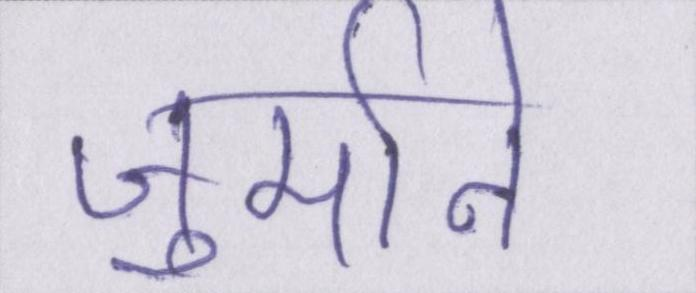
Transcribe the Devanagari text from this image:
जुर्माने